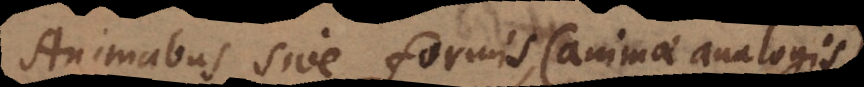
Animabus sive formis (animae analogis)